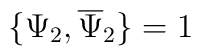
\{\Psi_{2},\overline{\Psi}_{2}\}=1